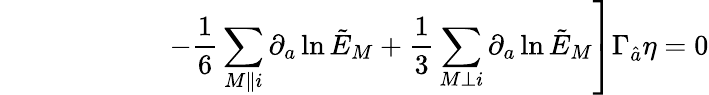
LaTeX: \qquad\qquad\qquad\left.-{\frac{1}{6}}\sum_{M\parallel i}\partial_{a}\ln\tilde{E}_{M}+{\frac{1}{3}}\sum_{M\perp i}\partial_{a}\ln\tilde{E}_{M}\right]\Gamma_{\hat{a}}\eta=0